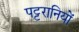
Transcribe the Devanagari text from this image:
पट्टरानियों